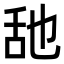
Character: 𦧇